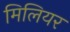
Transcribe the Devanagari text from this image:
मिलियर